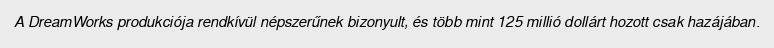
A DreamWorks produkciója rendkívül népszerűnek bizonyult, és több mint 125 millió dollárt hozott csak hazájában.